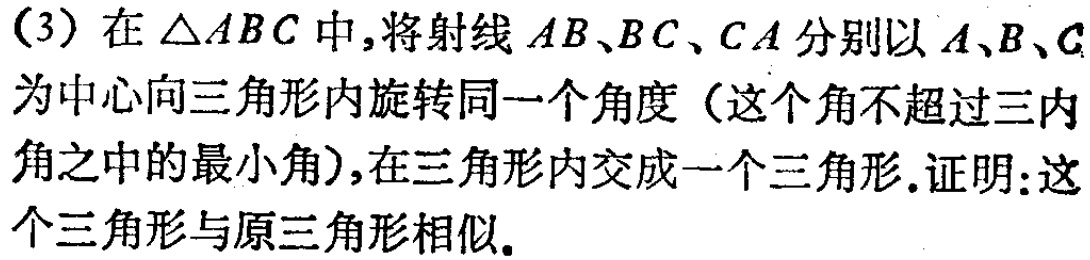
(3) 在 \(\triangle ABC\) 中，将射线 \(AB\)、\(BC\)、\(CA\) 分别以 \(A\)、\(B\)、\(C\) 为中心向三角形内旋转同一个角度（这个角不超过三内角之中的最小角），在三角形内交成一个三角形.证明：这个三角形与原三角形相似.